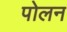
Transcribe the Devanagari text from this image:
पोलन